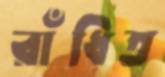
রাঁধিত